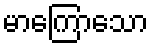
မာကြောသော